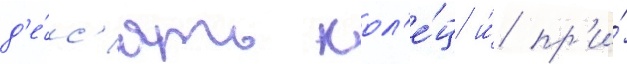
д'е́с'ять кол'е́ц и́ пр'и́